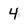
Character: 4